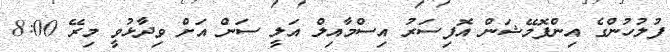
ފުލުހުންގެ އިންފޮމޭޝަން އޮފިސަރު އިސްމާއިލް އަލީ ސަން އަށް ވިދާޅުވީ މިރޭ 8:00